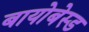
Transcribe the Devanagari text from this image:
बायोबेस्ड